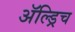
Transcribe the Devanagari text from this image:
ॲल्ड्रिच